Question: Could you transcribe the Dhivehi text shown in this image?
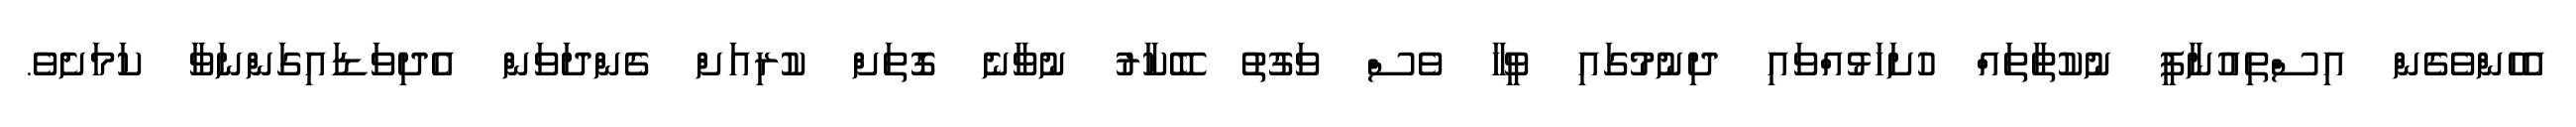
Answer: އެހެންވެގެން އިސްތިއުނާފީ ނުކުތާތައް ހުށަހަޅުއްވައި ދިނުމުގައި ވީހާ ވެސް ވަގުތު ބޭކާރު ނުވާނެ ގޮތަށް ކުރިއަށް ގެންދަވަން އެދިވަޑައިގަންނަވާ ކަމަށެވެ.